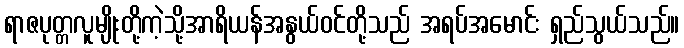
ရာဇပုတ္တလူမျိုးတို့ကဲ့သို့အာရိယန်အနွယ်ဝင်တို့သည် အရပ်အမောင်း ရှည်သွယ်သည်။